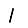
Digit: 1